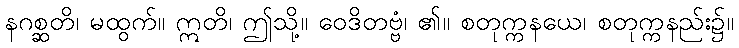
နဂစ္ဆတိ၊ မထွက်။ ဣတိ၊ ဤသို့။ ဝေဒိတဗ္ဗံ၊ ၏။ စတုက္ကနယေ၊ စတုက္ကနည်း၌။